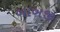
બાબજી